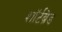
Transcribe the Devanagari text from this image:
शॉर्टब्रेड